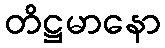
တိဋ္ဌမာနော